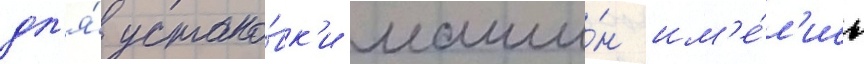
дл'я́ устано́вк'и маши́н им'е́л'ись